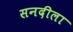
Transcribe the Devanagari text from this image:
सनदीला